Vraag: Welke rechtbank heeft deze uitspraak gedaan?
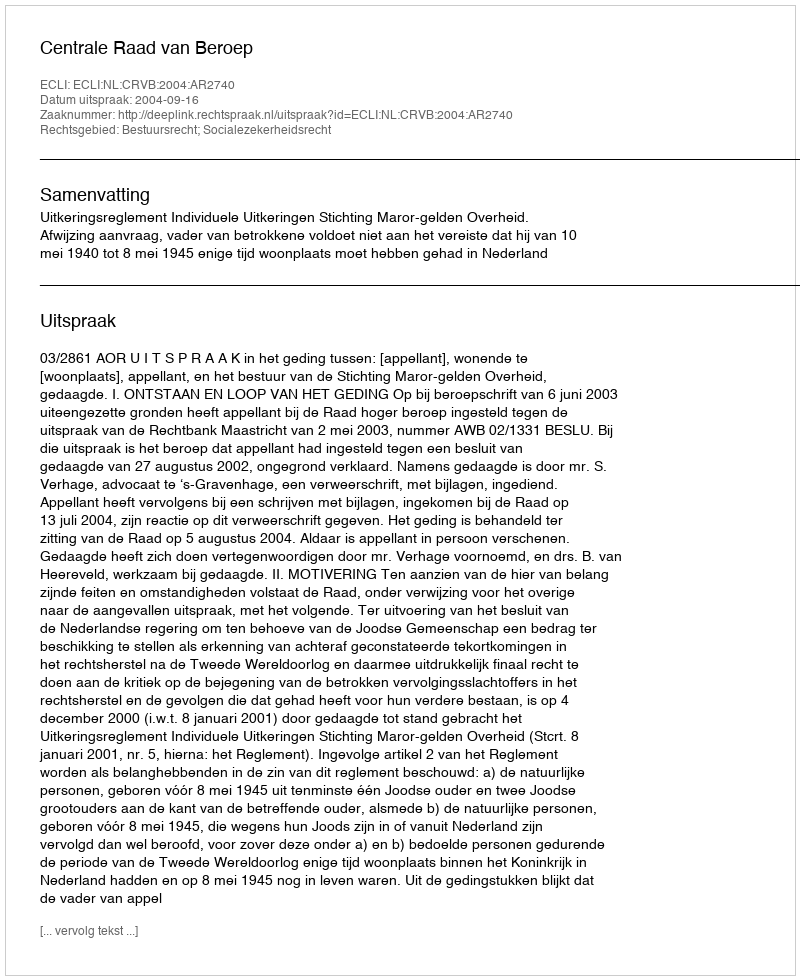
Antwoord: Centrale Raad van Beroep